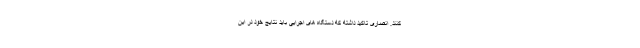
کنند. انصاری تاکید داشته که دستگاه های اجرایی باید نتایج خود در این